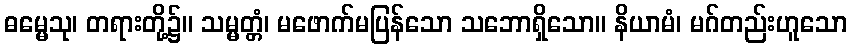
ဓမ္မေသု၊ တရားတို့၌။ သမ္မတ္တံ၊ မဖောက်မပြန်သော သဘောရှိသော။ နိယာမံ၊ မဂ်တည်းဟူသော